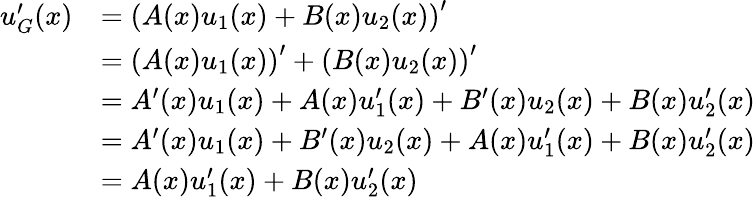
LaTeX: {\begin{array}{rl}{u_{G}^{\prime}(x)}&{=\left(A(x)u_{1}(x)+B(x)u_{2}(x)\right)^{\prime}}\\ &{=\left(A(x)u_{1}(x)\right)^{\prime}+\left(B(x)u_{2}(x)\right)^{\prime}}\\ &{=A^{\prime}(x)u_{1}(x)+A(x)u_{1}^{\prime}(x)+B^{\prime}(x)u_{2}(x)+B(x)u_{2}^{\prime}(x)}\\ &{=A^{\prime}(x)u_{1}(x)+B^{\prime}(x)u_{2}(x)+A(x)u_{1}^{\prime}(x)+B(x)u_{2}^{\prime}(x)}\\ &{=A(x)u_{1}^{\prime}(x)+B(x)u_{2}^{\prime}(x)}\end{array}}